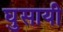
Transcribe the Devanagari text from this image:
घुसायी